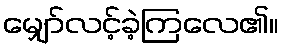
မျှော်လင့်ခဲ့ကြလေ၏။